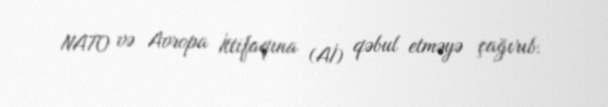
NATO və Avropa İttifaqına (Aİ) qəbul etməyə çağırıb.